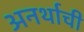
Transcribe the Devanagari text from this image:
अनर्थाची